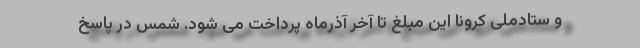
و ستادملی کرونا این مبلغ تا آخر آذرماه پرداخت می شود. شمس در پاسخ